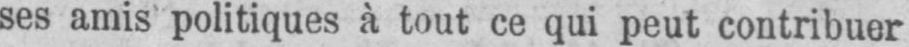
ses amis politiques à tout ce qui peut contribuer